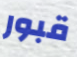
قبور